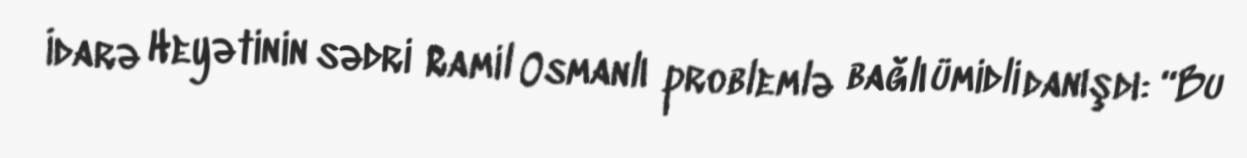
İdarə Heyətinin sədri Ramil Osmanlı problemlə bağlı ümidli danışdı: “Bu